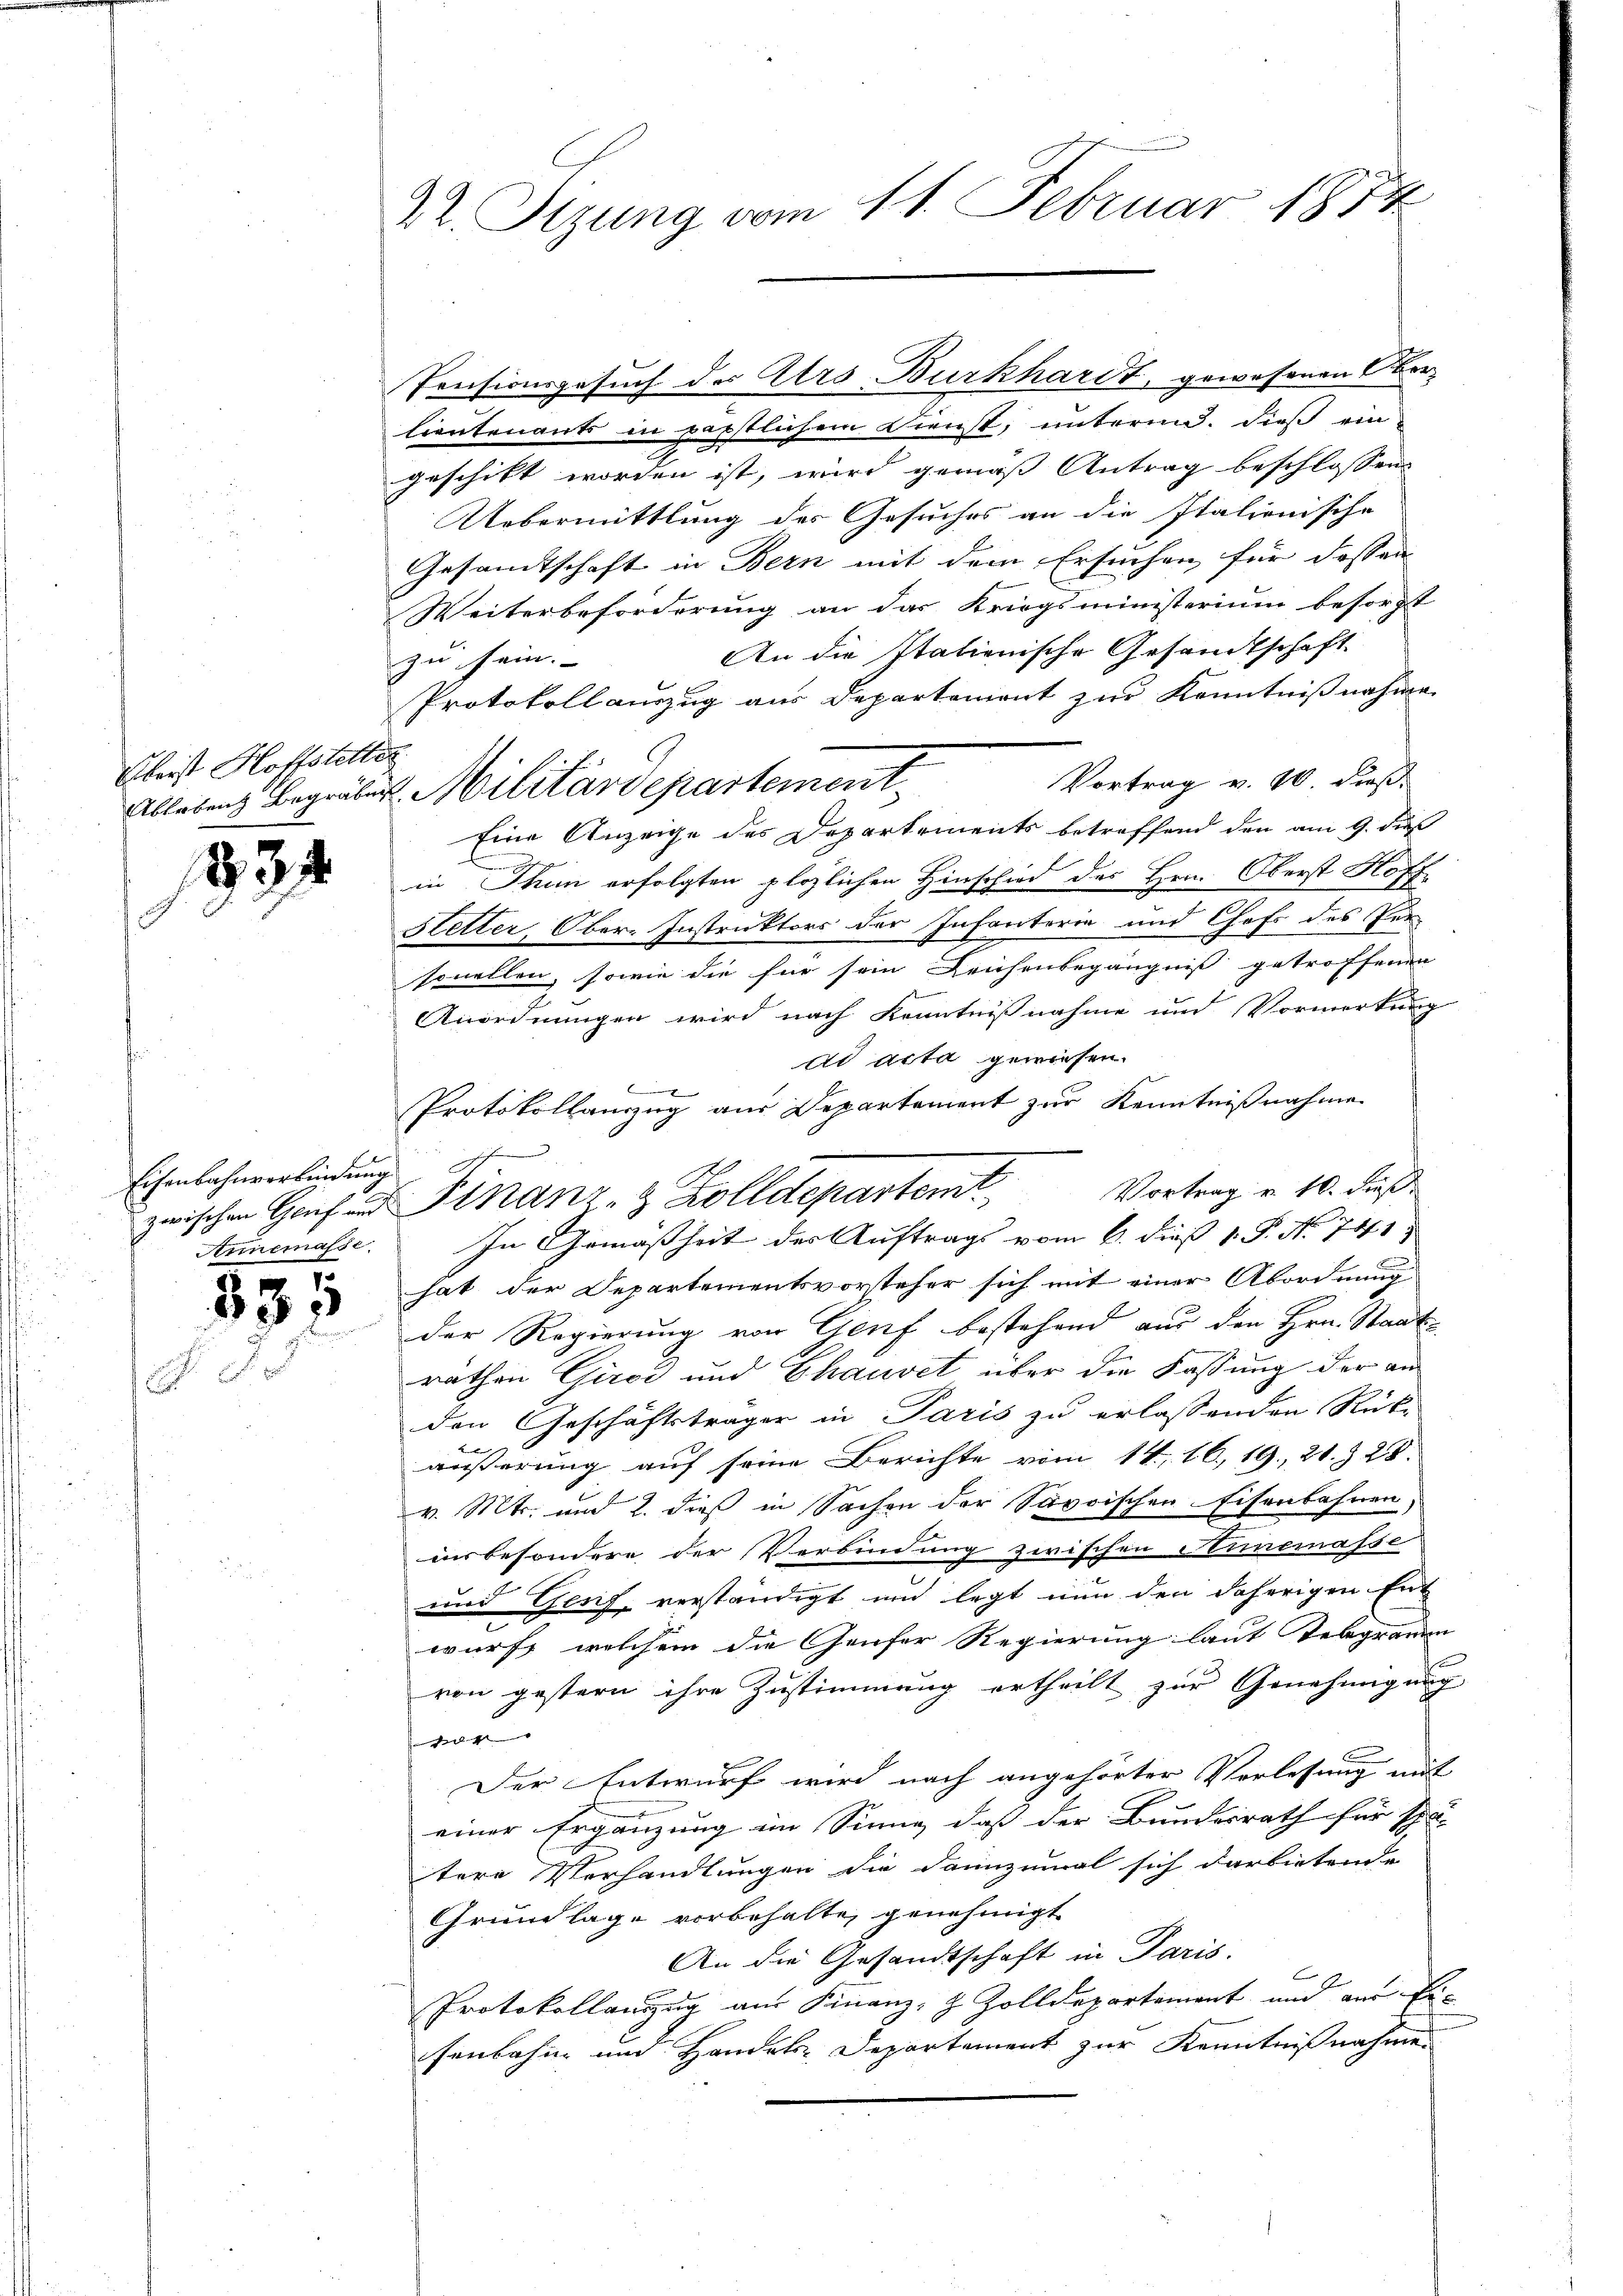
Fleist Hoffslitter

234

Eisenbahnverbindung

831

22. Sizung vom 11. Februar 1874

Pensionsgesuch des Ars Burkhardt, gewesenen Oberlieutenants in perstlichem Dienst, unternd. Dieß eingeschikt worden ist, wird gemäß Antrag beschlossen
Uebermittlung des Gesuches an die Italionische
Gesamtschaft in Bern mit dem Ersuchen, für dessen
Weiterbeforderung an das Kriegsministerium besorgt
An die stationische Gesandtschaft.
zu sein. |
Protokollauszug aus Departement zur Kenntnißnahme
Vortrag v. 10. dieß
Eine Anzeige des Departements betreffend den am 9. dieß
in Thun erfolgten plözlichen Hinschied des Herrn Oberst Hoff
Hetter, Ober-Instruktors der Infanterie und Chofs des Per-
sonellen, sowie die für sein Leichenbegängniß getroffenen
Anordnungen wird nach Kenntnißnahme und Vormerkung
ad acta gewiesen.
1
Protokollanzug aus Departement zur Kenntnißnahme
Vortrag u. 10. dieß
Annemasse. In Gemäßheit der Auftrags vom 6. dieß 1 S. N. 741.
hat der Departementsvorsteher sich mit einer Abordnung
der Regierung von Genf bestehend aus den Hrn. Staats-
räthen Girod und Chauvet über die Fassung der an
den Geschäftsträger in Paris zu erlassenden Rück-
ket
äußerung auf seine Berichte vom 14. 16. 19. 21. 328.
v. Mts. und 2. dieß in Sachen der Savoischen Eisenbahnen,
insbesondere der Verbindung zwischen Simemasse
und Genf, verständigt und legt nun den daherigen Ent
wurf, welchem die Genfer Regierung laut Vergramm |
von gestern ihre Zustimmung ertheilt zur Genehmigung
l
Der Entwurf wird nach angehörter Verlesung mit
einer Ergänzung im Sinne, daß der Bundesrath für schl
tere Verhandlungen die dannzumal sich darbietende
Grundlage vorbehalte, genehmigt.
An die Gesandtschaft in Paris.
x
e
Protokollanzug aus Finanz- & Zolldepartement und aus Eisenbahn und Handels Departement zur Kenntnißnahmen

Ablebens Begräben. Militärdepartement

zwischen Genf und Finanz- & Zolldepartem